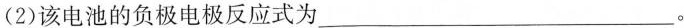
(2)该电池的负极电极反应式为___。